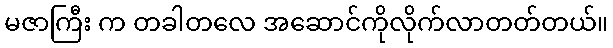
မဇာကြီး က တခါတလေ အဆောင်ကိုလိုက်လာတတ်တယ်။